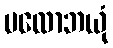
ပလောဘယုံ